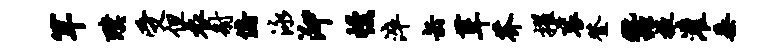
罕璞受但衣射俯泳泖幔淬缶葺芥擢衮登蚕掖灌垂